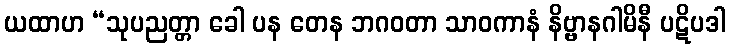
ယထာဟ “သုပညတ္တာ ခေါ ပန တေန ဘဂဝတာ သာဝကာနံ နိဗ္ဗာနဂါမိနီ ပဋိပဒါ